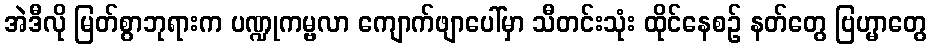
အဲဒီလို မြတ်စွာဘုရားက ပဏ္ဍုကမ္ဗလာ ကျောက်ဖျာပေါ်မှာ သီတင်းသုံး ထိုင်နေစဉ် နတ်တွေ ဗြဟ္မာတွေ